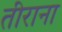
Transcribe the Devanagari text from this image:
तीराना